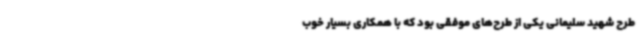
طرح شهید سلیمانی یکی از طرح‌های موفقی بود که با همکاری بسیار خوب